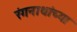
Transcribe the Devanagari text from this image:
रंगनाथांच्या